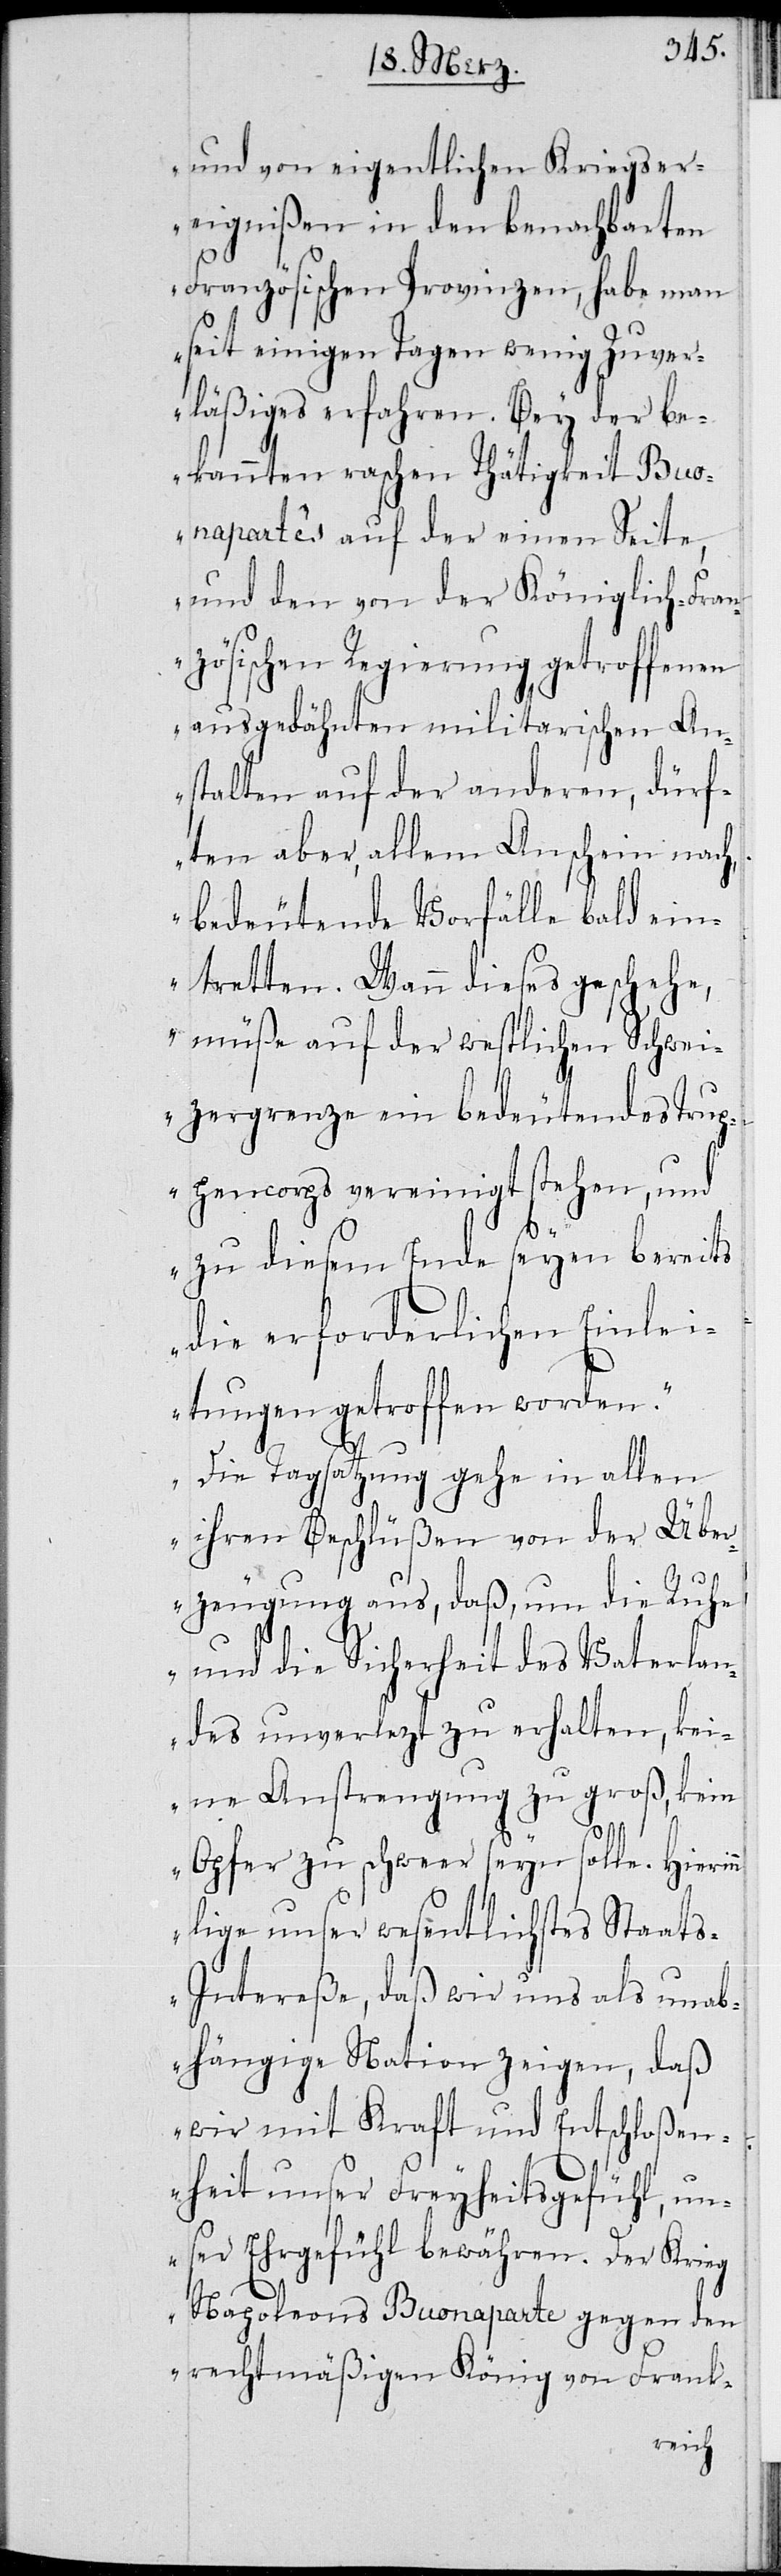
und von den eigentlichen Kriegser¬
eignißen in den benachbarten
Französischen Provinzen, habe man
seit einigen Tagen wenig Zuver¬
läßiges erfahren. Bey der be¬
kannten raschen Thätigkeit Buo¬
napartes auf der einen Seite,
und den von der Königlich-Fran¬
zösischen Regierung getroffenen
ausgedähnten militarischen An¬
stalten auf der anderen, dürf¬
ten aber, allem Anschein nach,
bedeutende Vorfälle bald ein¬
tretten. Wann dieses geschehe,
müße auf der westlichen Schwei¬
zergrenze ein bedeutendes Trup¬
pencorps vereinigt stehen, und
zu diesem Ende seyen bereits
die erforderlichen Einlei¬
tungen getroffen worden.
Die Tagsatzung gehe in allen
ihren Beschlüßen von der Übe¬
rzeugung aus, daß, um die Ruhe
und die Sicherheit des Vaterlan¬
des unverletzt zu erhalten, kei¬
ne Anstrengung zu groß, kein
Opfer zu schweer seyn solle. Hierin¬
n lige unser wesentlichstes Staat¬
s-Intereße, daß wir uns als unab¬
hängige Nation zeigen, daß
wir mit Kraft und Entschloßen¬
heit unser Freyheitsgefühl, un¬
ser Ehrgefühl bewähren. Der Krieg
Napoleons Buonaparte gegen den
rechtmäßigen König von Frank-